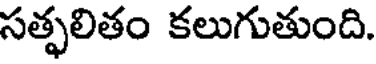
సత్ఫలితం కలుగుతుంది.